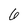
Character: 6